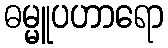
ဓမ္မူပဟာရော